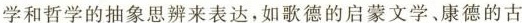
学和哲学的抽象思辨来表达，如歌德的启蒙文学，康德的古